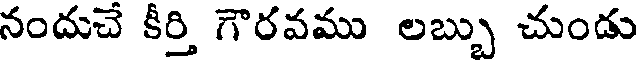
నందుచే కీర్తి గౌరవము లబ్బు చుండు